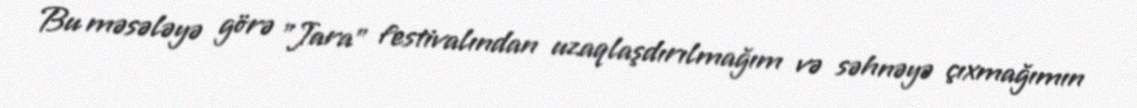
Bu məsələyə görə "Jara" festivalından uzaqlaşdırılmağım və səhnəyə çıxmağımın